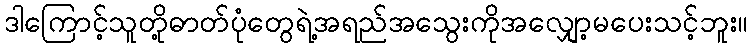
ဒါကြောင့်သူတို့ဓာတ်ပုံတွေရဲ့အရည်အသွေးကိုအလျှော့မပေးသင့်ဘူး။